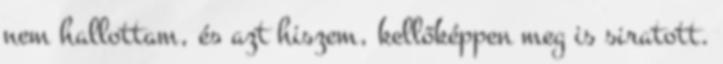
nem hallottam, és azt hiszem, kellőképpen meg is siratott.